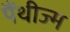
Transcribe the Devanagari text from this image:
पैंथीज्म